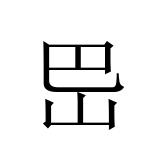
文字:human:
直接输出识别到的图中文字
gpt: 岊